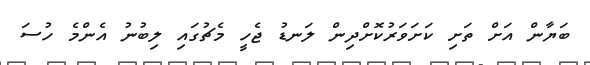
ބަޔާން އަށް ތަށި ކަށަވަރުކޮށްދިން ލަނޑު ޖެހީ މެޗުގައި ލިބުނު އެންމެ ހުސަ